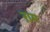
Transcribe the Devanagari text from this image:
ऱाम